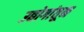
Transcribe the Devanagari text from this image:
उद्योगांतून